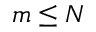
m \leq N